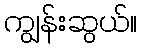
ကျွန်းဆွယ်။